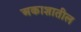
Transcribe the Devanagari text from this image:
अकाशातील